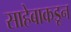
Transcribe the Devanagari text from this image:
साहेबाकडून